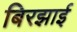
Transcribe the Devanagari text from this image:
बिरझाई